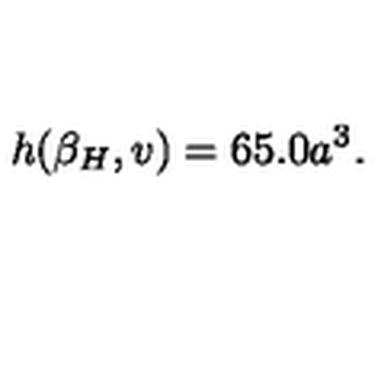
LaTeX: h ( { \beta _ { H } } , v ) = 6 5 . 0 a ^ { 3 } .